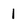
Character: l